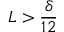
L > \frac { \delta } { 1 2 }